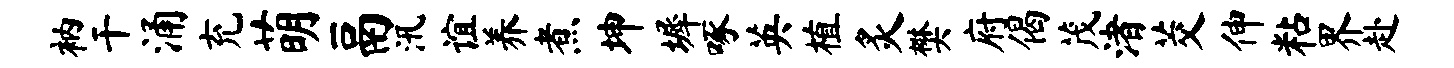
衲干涌充萌鬲汛谊养煮坤墀啄英植炙樊府偈茂渚茭伸粘界赴